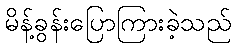
မိန့်ခွန်းပြောကြားခဲ့သည်